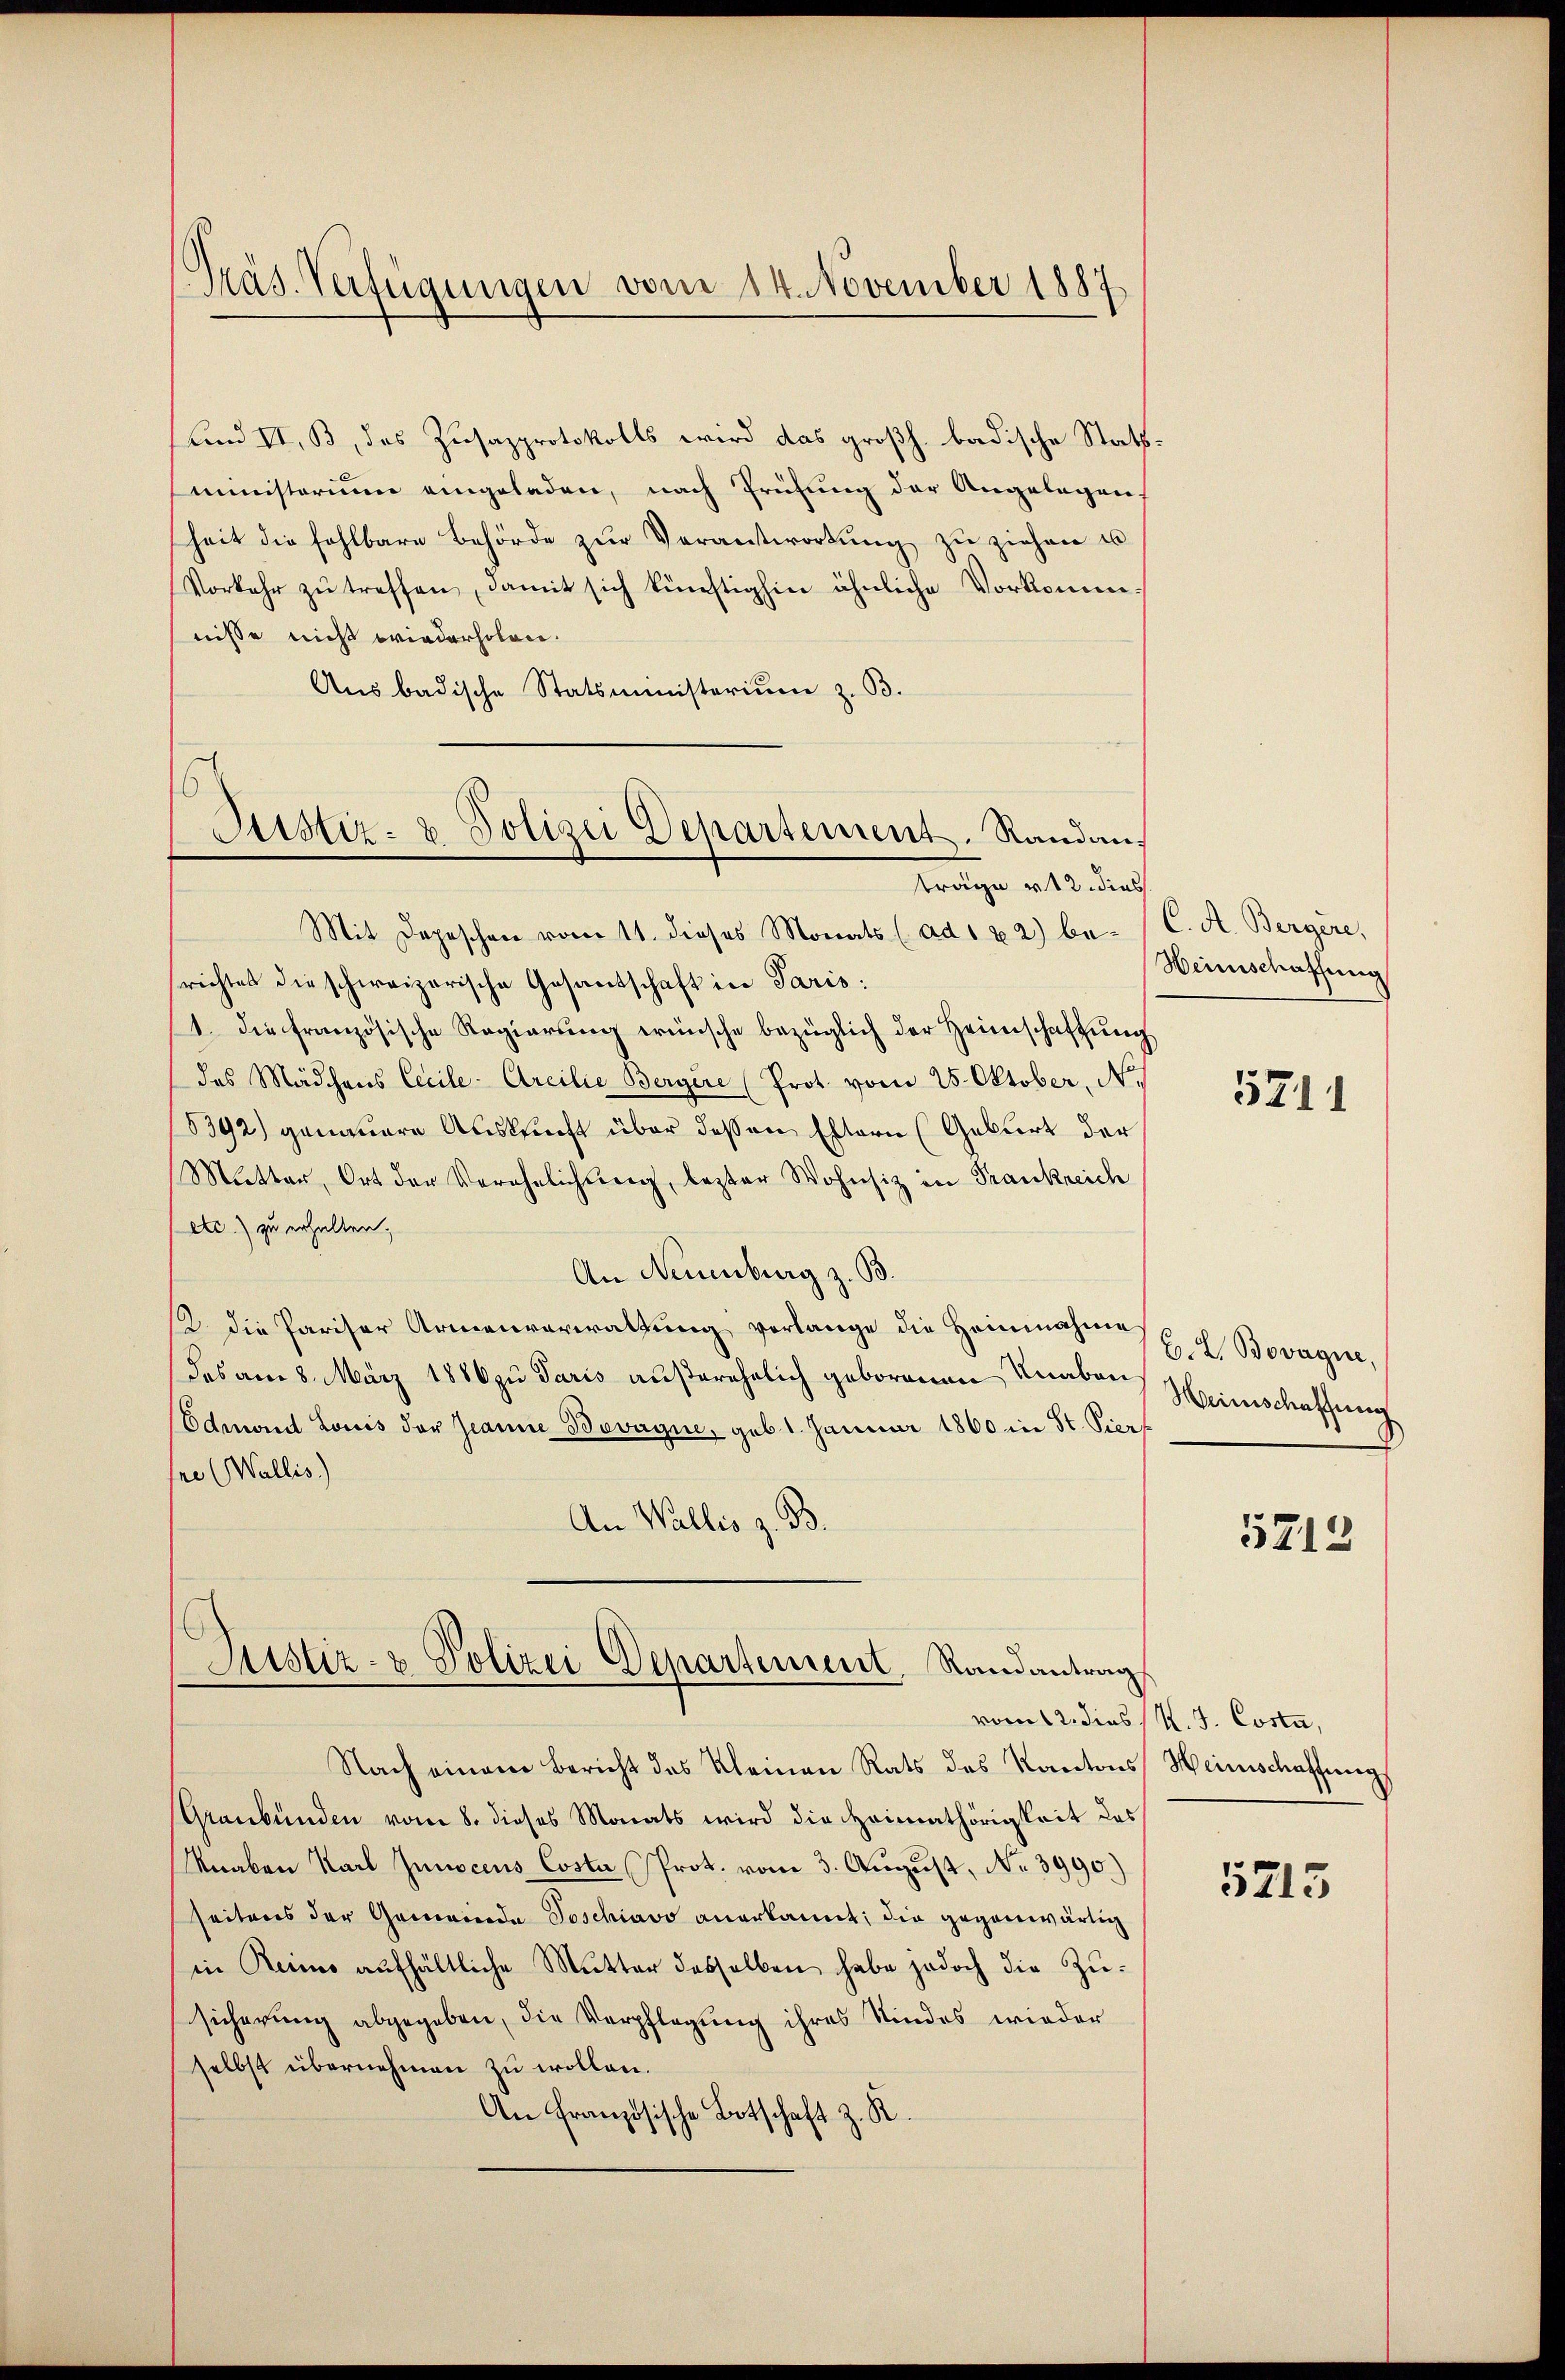
Präs. Verfügungen vom 14. November 1887

Lund II, B, das Zusazprotokolls wird das großh. badische Stattministerium eingeladen, nach Prüfung der Angelegen,
heit die fahlbare Behörde zŭr Verantwortŭng zŭ ziehen u
Vorkehr zŭ treffen, damit sich künftighin ähnliche Vorkomm
nisse nicht wiederholen.
Ausbadische Statsministerium z. B.
Mit Depeschen vom 11. dieses Monats (ad 1 x 2) besrichtes die schweizerische Gesandschaft in Paris:
1. die französische Regierŭng wünsche bezüglich der Heimschaftung
des Mädchens Cecile-Areilie Bergere (Prot. vom 25. Oktober, No. 1
5392) genauere Auskunft über dessen Eltern (Geburt der
Mutter, Ort der Verehelichung, lezter Wohnsiz in Frankreich
ec zu erhalten,
An Neuenburg z. B.
12. die Pariser Armenverwaltung verlange die Heinnahme
das am 8. März 1886 zu Paris außerehelich geborenen Knaben
Eduard Louis der Jeanne Bevagire, geb. 1. Januar 1860 in St. Vier
re (Wallis)
An Wallis z. B.

6
Justiz- & Polizei Departement. Standans
träge u 12. dies

Nach einem Bericht des Kleinen Rats des Kantons Heinschaffung
Graubünden vom 8. dieses Monats wird die Heimathörigkeit des
Knaben Karl Junocens Costa (Prot. vom 3. August, No 3990.)
seitens der Gemeinde Poschiavo anerkannt; die gegenwärtig
in Reine aŭfhältliche Mutter desselben habe jedoch die Zŭ-
sicherung abgegeben, die Verpflegung ihres Kindes wieder
selbst übernehmen zu wollen.
An Französische Botschaft z. R.

Justiz- & Polizei Departement, Randantrag

C. A. Bergere,
Weinschaffung

5211

B. L. Bovagne,
Heinschaffung

5218

vom 12. dies / K. J. Costa,

5215